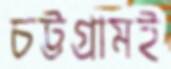
চট্টগ্রামই